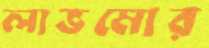
লাভমোর